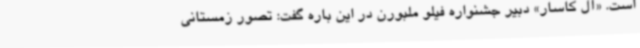
است. «آل کاسار» دبیر جشنواره فیلو ملبورن در این باره گفت: تصور زمستانی